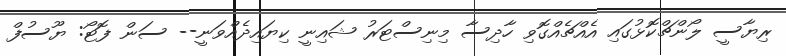
ރިޔާސީ ލޯންޗްކޮޅުގައި އެއްޗެއްގޮވި ހާދިސާ މިނިސްޓަރު ޝައިނީ ކިޔައިދެއްވަނީ-- ސަން ފޮޓޯ: ޔޫސުފް